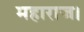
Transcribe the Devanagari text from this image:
महाराज।